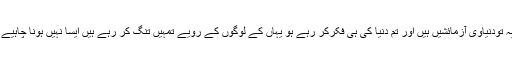
اگر تم غور کرو تو اللہ تم سے فرما رہے ہیں یہ تودنیاوی آزمائشیں ہیں اور تم دنیا کی ہی فکرکر رہے ہو یہاں کے لوگوں کے رویے تمہیں تنگ کر رہے ہیں ایسا نہیں ہونا چاہیے کیونکہ آخرت کا اجر دنیا سے کہیں بہتر ہے ۔